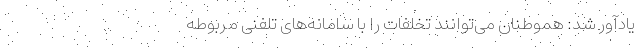
یادآور شد: هموطنان می‌‌توانند تخلفات را با سامانه‌‌های تلفنی مربوطه